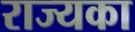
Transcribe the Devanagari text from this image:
राज्यका